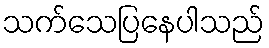
သက်သေပြနေပါသည်